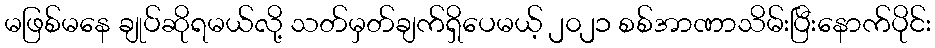
မဖြစ်မနေ ချုပ်ဆိုရမယ်လို့ သတ်မှတ်ချက်ရှိပေမယ့် ၂၀၂၁ စစ်အာဏာသိမ်းပြီးနောက်ပိုင်း